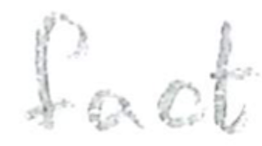
Text: fact
Cross-out: clean
Writing tool: pencil